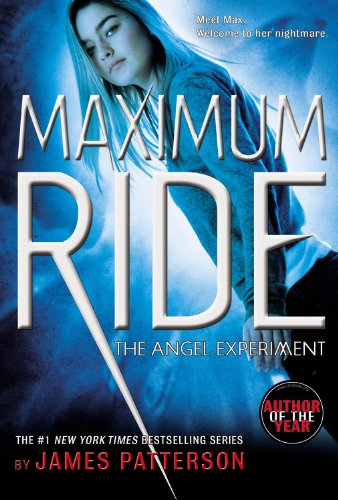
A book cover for The Angel Experiment: A Maximum Ride Novel (Book 1); James Patterson; Teen & Young Adult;